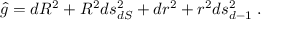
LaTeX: \hat { g } = d R ^ { 2 } + R ^ { 2 } d s _ { d S } ^ { 2 } + d r ^ { 2 } + r ^ { 2 } d s _ { d - 1 } ^ { 2 } \; .